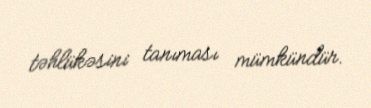
təhlükəsini tanıması mümkündür.